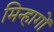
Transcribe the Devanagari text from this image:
मिन्हागों